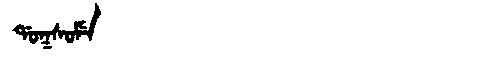
Manchu: ᡩᠣᡴᠰᠣᠮᡝ
Romanization: DOKSOME